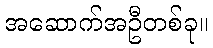
အဆောက်အဦတစ်ခု။